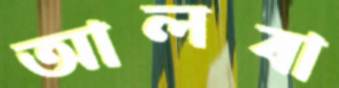
আলবা